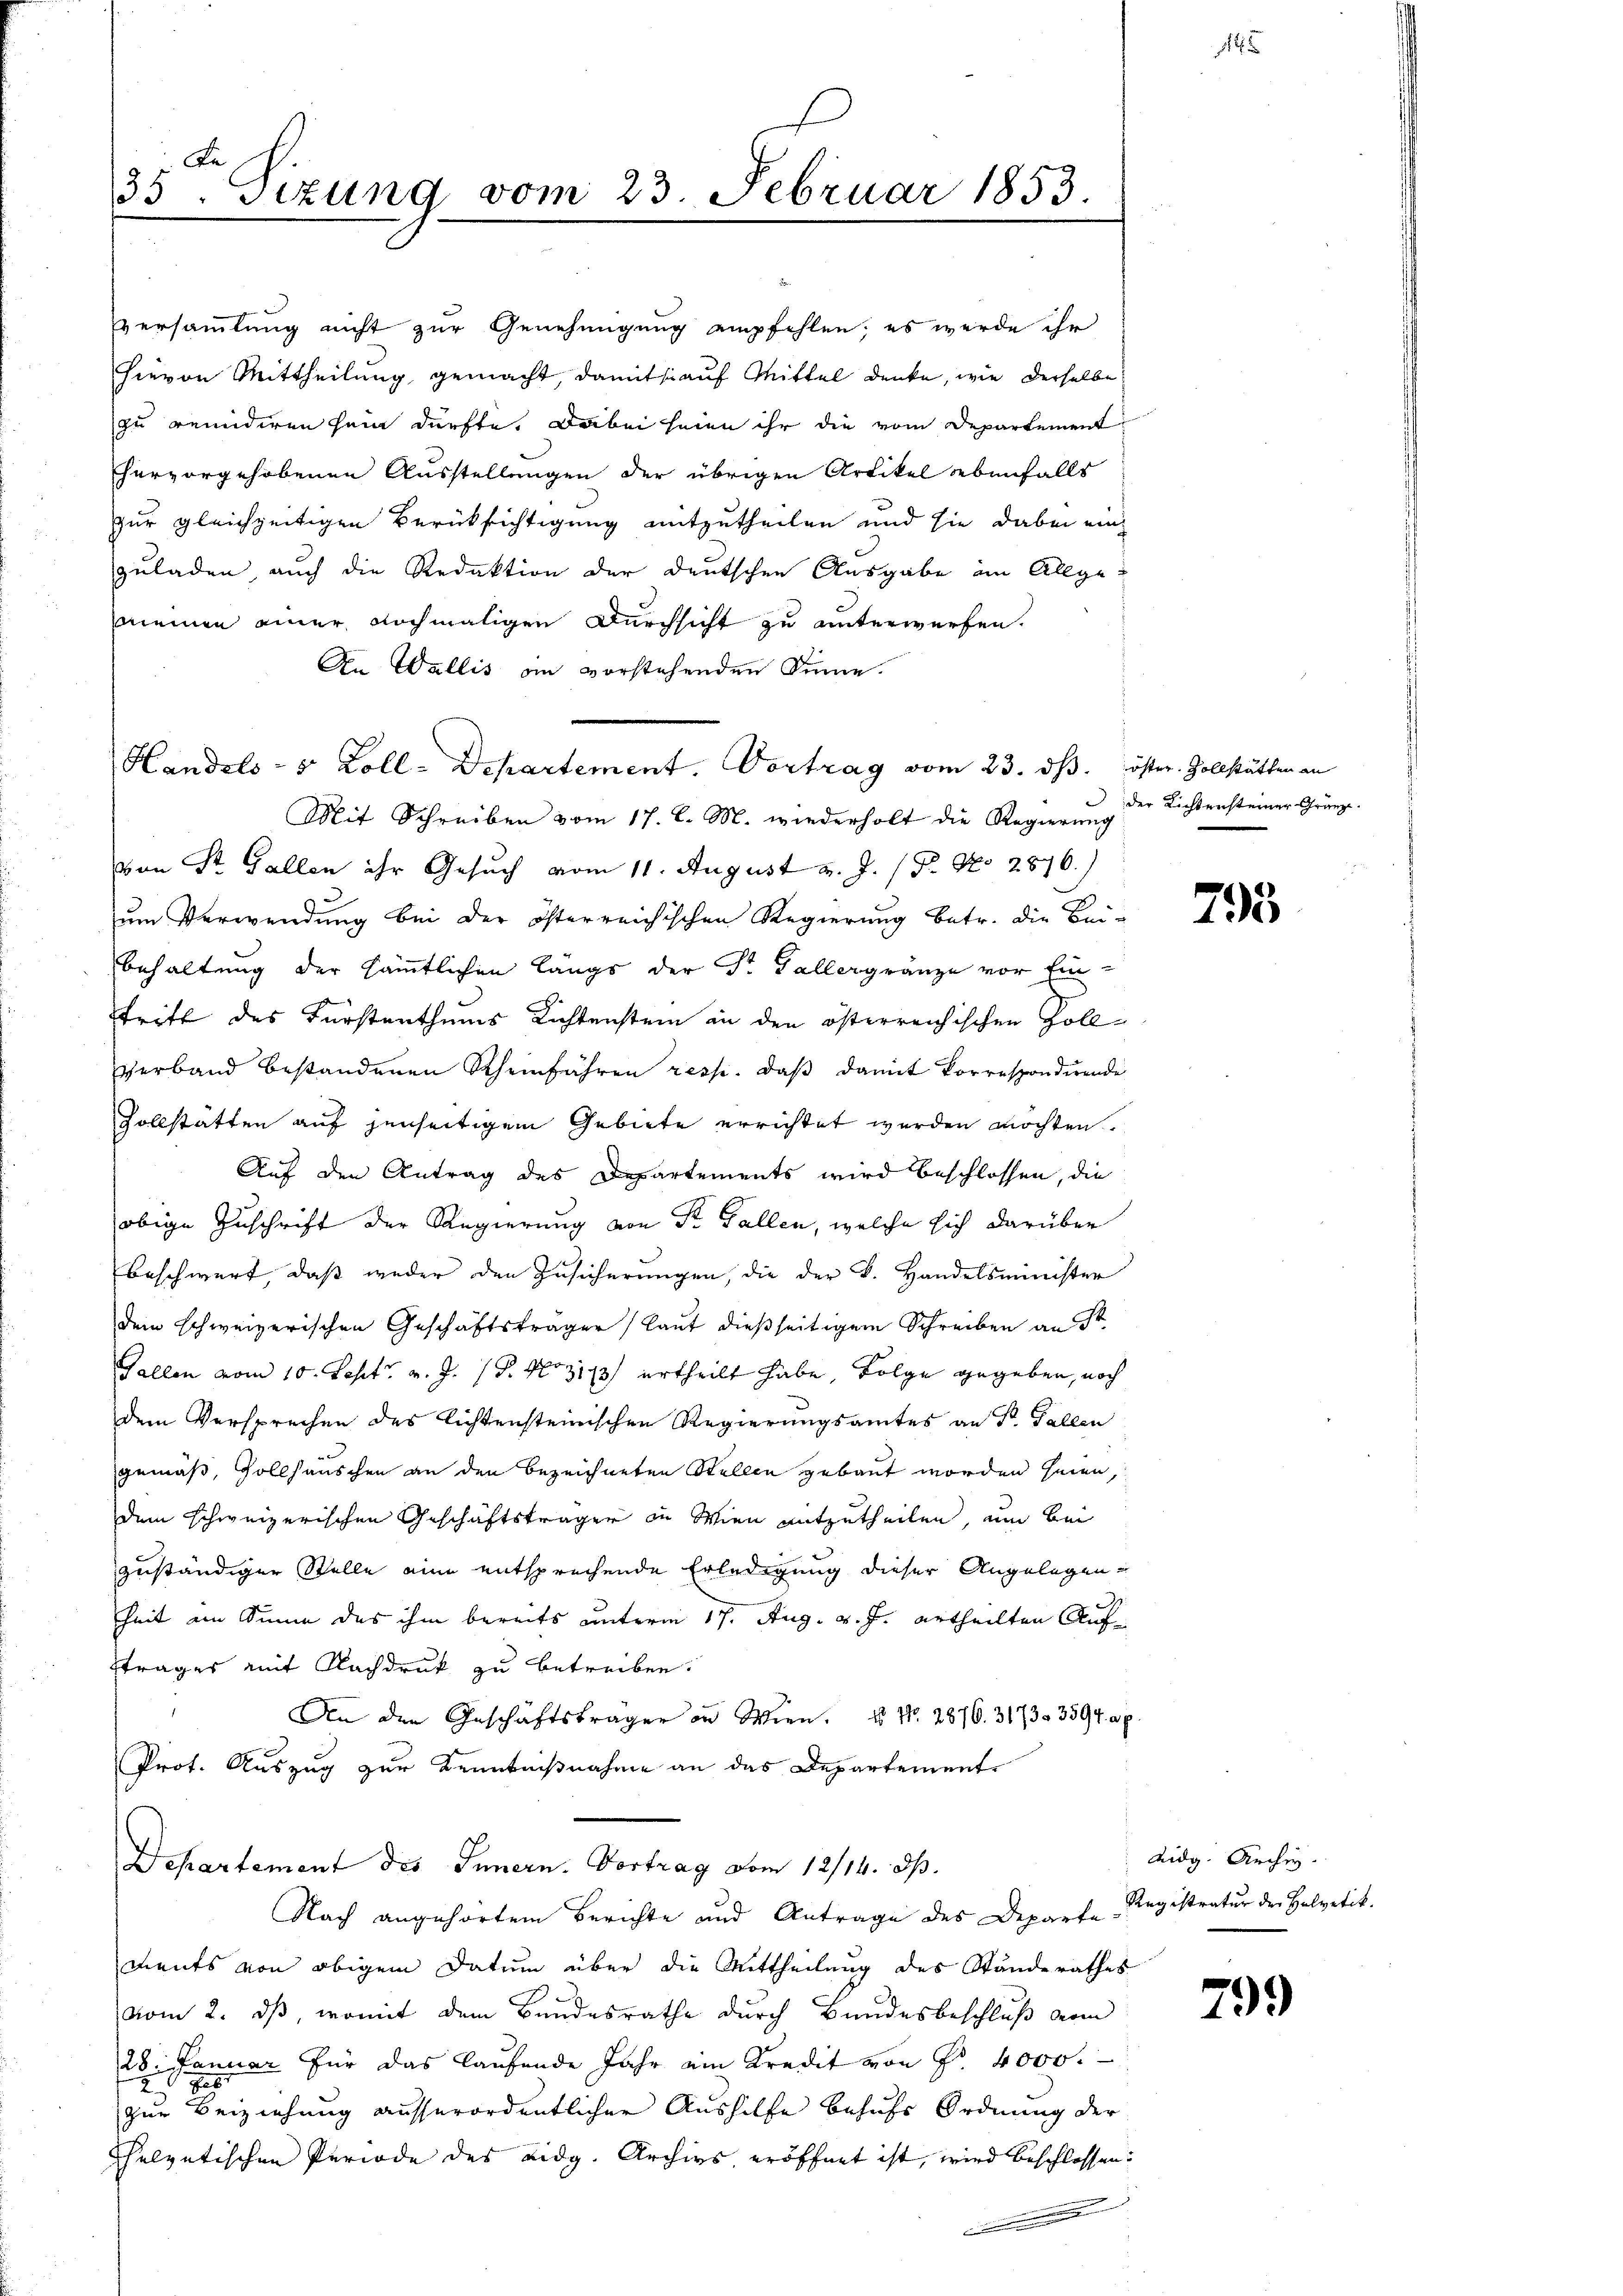
35. Sizung vom 23. Februar 1853.

versammlung nicht zur Genehmigung empfehlen; es werde ihr
hievon Mittheilung gemacht, damit si auf Mittel denke, wie derselbe
zu reuidiren sein dürfte. Dabei seien ihr die vom Departement
hervorgehobenen Ausstellungen der übrigen Artikel ebenfalls
zur gleichzeitigen Berücksichtigung mitzutheilen und sie dabei ein
zuladen, auch die Redaktion der deutschen Ausgabe im Allgemeinen einer nochmaligen Durchsicht zu unterwerfen.
An Wallis an vorstehenden Sinne.
Mit Schreiben vom 17. d. M. wiederholt die Regierung der Richtensteiner Gränze.
von Sr. Gallen ihr Gesuch vom 11. August v. J. / Dr. No 2876.)
um Verwendung bei der österreichischen Regierung betr. die Beibehaltung der sämmtlichen längs der St. Gallergränze vor Eintritt des Fürstenthums Richtenstein in den österreichischen Zollverband bestandenen Rheinfahren resp. daβ damit korrespondirende
Vollstätten auf jenseitigem Gebiete errichtet werden möchten.
Auf den Antrag des Departements wird beschlossen, die
obige Zuschrift der Regierung von St. Gallen, welche sich darüber
beschwert, daß weder den Zusicherungen, die der k. Handelsminister
dem schweizerischen Geschäftsträger laut dießseitigem Schreiben an St
Gallen vom 10. Sept v. J. P. Nr. 3113/ urtheilt habe, Folge gegeben, noch
dem Versprechen des lichtensteinischen Regierungsamtes an P. Gallen
gemäß, Gollsauschen an den bezeichneten Stellen gebaut worden seien,
dem schweizerischen Geschäftsträger in Wien mitzutheilen, um bei
zuständiger Stelle eine entsprechende Erledigung dieser Angelegen¬
Zeit am Sinne des ihm bereits unterm 17. Aug. v. J. ertheilten Auftrages mit Nachdruck zu betreiben.
An den Geschäftsträger in Wien.  No. 2870. 3173. 3394 ap
Prot. Auszug zur Kenntnißnahme an das Departement
Departement des Innern. Vortrag vom 12/14. ds.
Nach angehörtem Berichte und Antrage des Departe
ments von obigem Datum über die Mittheilung des Standerathes
vom 2. ds, womit dem Bundesrathe durch Bundesbeschluß vom
28. Januar für das laufende Jahr ein Kredit von Fr. 4000.
zur Beiziehung ausserordentlicher Aushilfe behufs Ordnung der
helvetischen Periode des Eidg. Archivs eröffnet ist, wird beschlossen:

Handels- 5 Zoll-Departement. Vortrag vom 23. ds. öster. Zollstätten an

165

795

uidg. Archi
Registratur der Helvetik.

799